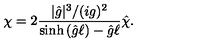
\chi = 2 \frac { | { \hat { g } } | ^ { 3 } / ( i g ) ^ { 2 } } { \sinh { \left( { \hat { g } } \ell \right) } - { \hat { g } } \ell } { \hat { \chi } } .